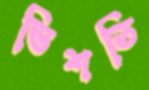
ভিশতি